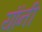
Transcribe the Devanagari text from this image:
यांंनी